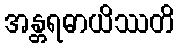
အန္တရဓာယိဿတိ